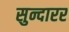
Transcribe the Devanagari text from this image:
सुन्दारर